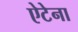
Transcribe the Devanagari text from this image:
ऐटेना